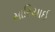
સારિયાઈ